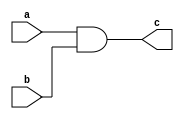
// This program was cloned from: https://github.com/lnis-uofu/SOFA
// License: MIT License

`timescale 1ns / 1ps

module top(
  a,
  b,
  c);

input wire a;
input wire b;
output wire c;

assign c = a & b;

endmodule